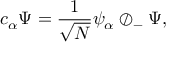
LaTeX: c _ { \alpha } \Psi = { \frac { 1 } { \sqrt { N } } } \psi _ { \alpha } \oslash _ { - } \Psi ,